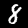
Label: 8